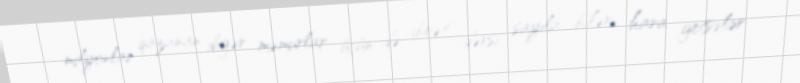
milyonlar qazanan digər məmurlar üçün də ibrət dərsi sayıla bilər: hara getsələr